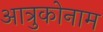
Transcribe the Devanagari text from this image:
आत्रुकोनाम